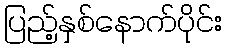
ပြည့်နှစ်နောက်ပိုင်း